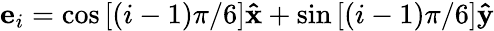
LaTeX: {\mathbf e}_{i}=\cos{[(i-1)\pi/6]}\mathbf{\hat{x}}+\sin{[(i-1)\pi/6]}\mathbf{\hat{y}}